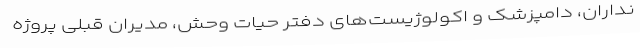
نداران، دامپزشک و اکولوژیست‌های دفتر حیات وحش، مدیران قبلی پروژه